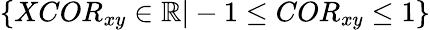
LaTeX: \{ XCOR_{xy}\in\mathbb{R}|-1\leq COR_{xy}\leq 1\}